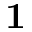
\mathbf { 1 }